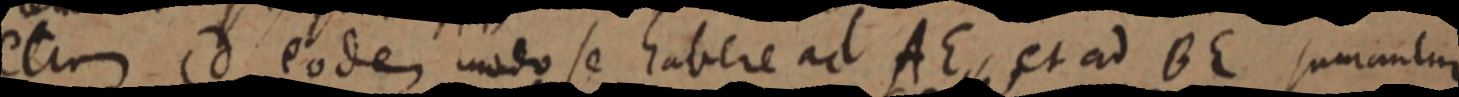
etiam cd eodem modo se habere ad AE, et ad BE sumantur